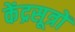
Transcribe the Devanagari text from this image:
केंद्रसूत्रों